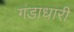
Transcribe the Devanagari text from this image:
गंडाधारी